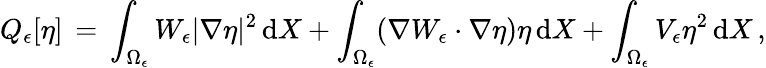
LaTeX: Q_{\epsilon}[\eta]\, =\, \int_{\Omega_{\epsilon}}W_{\epsilon}|\nabla\eta|^{2}\, \mathrm{d}X+\int_{\Omega_{\epsilon}}(\nabla W_{\epsilon}\cdot\nabla\eta)\eta\, \mathrm{d}X+\int_{\Omega_{\epsilon}}V_{\epsilon}\eta^{2}\, \mathrm{d}X\, ,